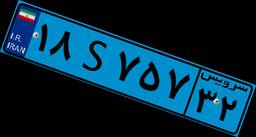
۶۱S۹۷۹۱۲